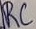
Text: RC